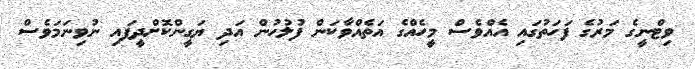
ވިޓްނީގެ މަރުގެ ފަހަތުގައި އެއްވެސް މީހެއްގެ އަތެއްވާކަން ފުލުހުން އަދި ޔަގީންކޮށްދީފައި ނުވިނަމަވެސް